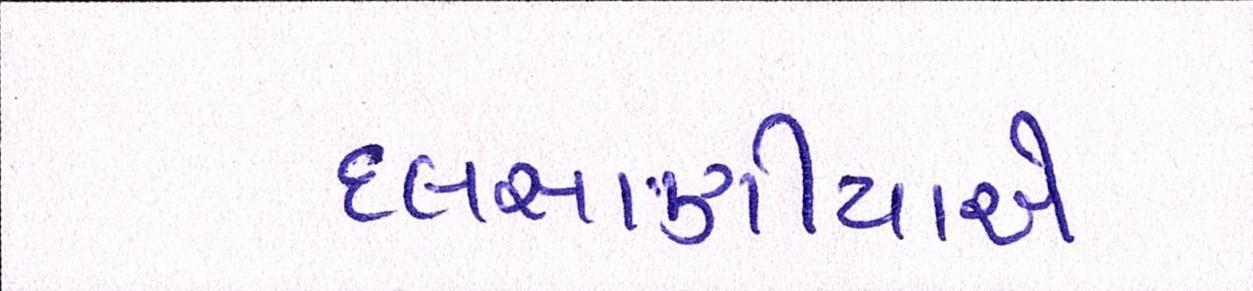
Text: દલસાણીયાએ